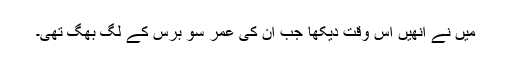
میں نے انھیں اس وقت دیکھا جب ان کی عمر سو برس کے لگ بھگ تھی۔